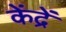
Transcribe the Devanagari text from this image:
केंद्रें